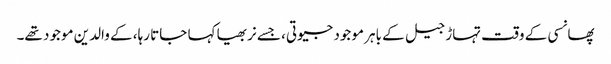
پھانسی کے وقت تہاڑ جیل کے باہر موجود جیوتی، جسے نربھیا کہا جاتا رہا، کے والدین موجود تھے۔